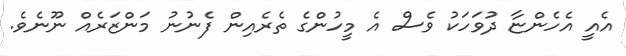
އެއީ އެހެންޏާ ދުވަހަކު ވެސް އެ މީހުންގެ ތެރެއިން ފެނުނު މަންޒަރެއް ނޫނެވެ.